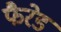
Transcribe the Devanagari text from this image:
फैरेड